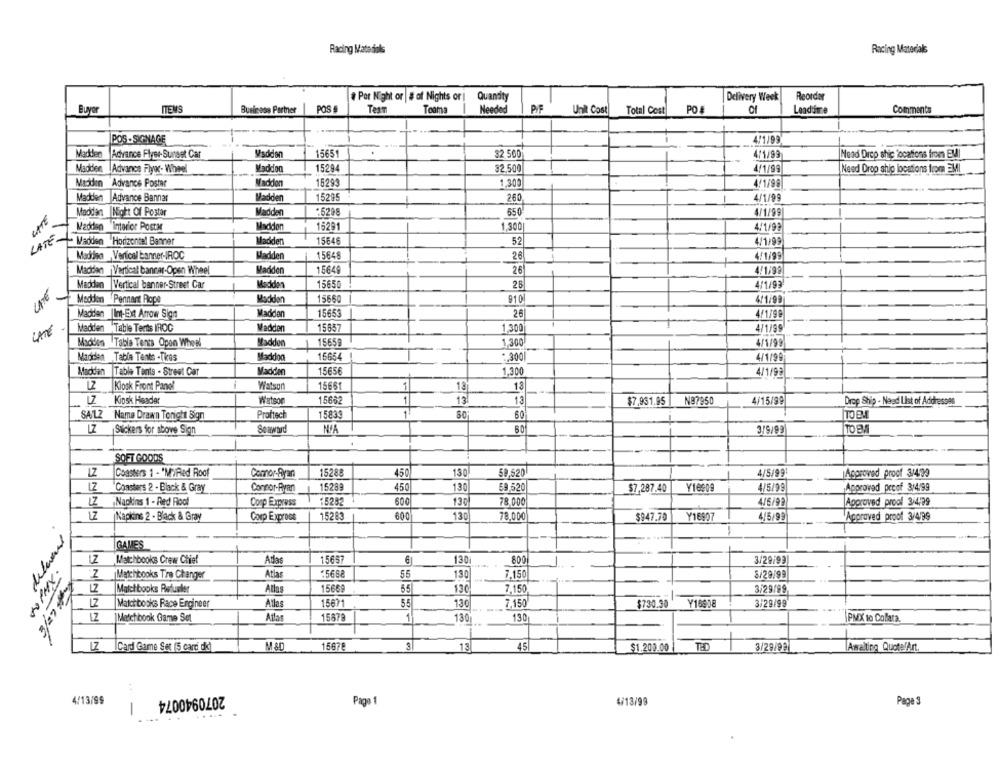
Racing Matedials
Racing Materials
# Por Night or |# of Nights or|
Quandty
Delivery Week
Reorder
ITEM
POS
Buyer
Business Partner
TesT
Toama
Needed
Unit Cost
Total Cost
PO
Leadtime
Comments
POS -SIGNAGE
4/1/99
Madtler
Advance Flyse-Sunset Car
Madden
15651
$2 500
4/1/99
Head Drep stic locations from EMI
Madder
Advance Flyer- Wheel
Madden
15294
32.500
4/1/99
Need Drop ship locations from EM!
Madden
Advance Poster
Maddon
15293
1,300
4/1/98
Madden
Advance Bannar
Madden
15295
260
4/1/99
Madden |Night Of Postar
Madden
:5298
650
4/1/99
Madden Interior Postar
Maddon
15291
1,300
4/1/98
LATE
- Madden Horizontal Banner
Madden
15646
52
4/1/99
Madisa Vertical banner-IROC
Madden
15648
28
4/1/99
26
4/1/99
Madden Vertical banner-Open Wheel
Madden
15649
LATE
Madden Vertical banner-Street Car
Medden
15650
26
4/1/93
Madden Pennant Aope
15660
910
4/1/99
Madtlen |Int-Ext Arrow Sign
Maddan
15653
26
4/1/99
Madden Table Terts IROC
Wadden
15657
1,300
4/1/99
Maddes Table Tents Opon Wheel
Madden
15659
1,300
4/1/99
Madden Tabla Tente -Tkos
Maddon
16654
:300
4/1/99
Madden Table Tants . Street Car
Madden
15656
1,300
4/1/99
LZ Kiosk Front Panel
12
Watson
15661
-
13
Kiosk Header
Watson
15682
13
13
LZ
$7,931.95
N87950
4/15/99
Drop Ship - Need List of Addresses
Proftect
15833
80
60'
TO BM
SALZ Name Drawn Toright Sign
Seaward
60
3/9/99
TO BA
LZ Stickers for above Sign
SOFT GOODS
LZ
Coasters 1 - "MiRed Roof
Comnor-Ayan
15288
450
130
59,520
4/5/99
Approved proof 3/4/99
IZ Coasters 2 - Black & Gray
Concor-Ryan
15289
450
130
59.520
$7,287.40
Y16909
4/5/99
Approved pecof 3/4/99
LZ Napkins 1 - Red Roof
Conp Express
15282
500
130
78.000
4/6/92
Approved prool 3/4/99
Napkins 2 - Black & Gray
Corp Exprons
15283
600
130
78,000
$947.70
Y16907
4/5/99
Approved proof 3/4/99
GAMES
LZ Matchbooks Crew Chief
Atlas
15657
6
130
800
3/29/93
Matchbooks Tre Changer
Atlas
¥5668
65
130
7,150
8/29/99
N
Matchbooks Refunler
Atlas
1566
55
130
7.150
3/29/99
Matchbooks Race Engineer
Atlas
15671
55
130
7.150
$730.30
Y16998
3/29/99
Medchibook Game Set
Atlas
15879
1
130
130
PMX to Collara.
LZ |Card Game Set (5 card dk)
M&D
15678
13
45|
$1.200.00
TBD
3/28/99
Awaiting Quote/Art.
2070940074
4/13/99
Paga
4/13/99
Page
--